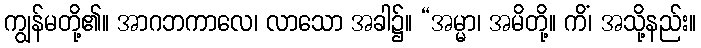
ကျွန်မတို့၏။ အာဂဘကာလေ၊ လာသော အခါ၌။ “အမ္မာ၊ အမိတို့။ ကိံ၊ အသို့နည်း။